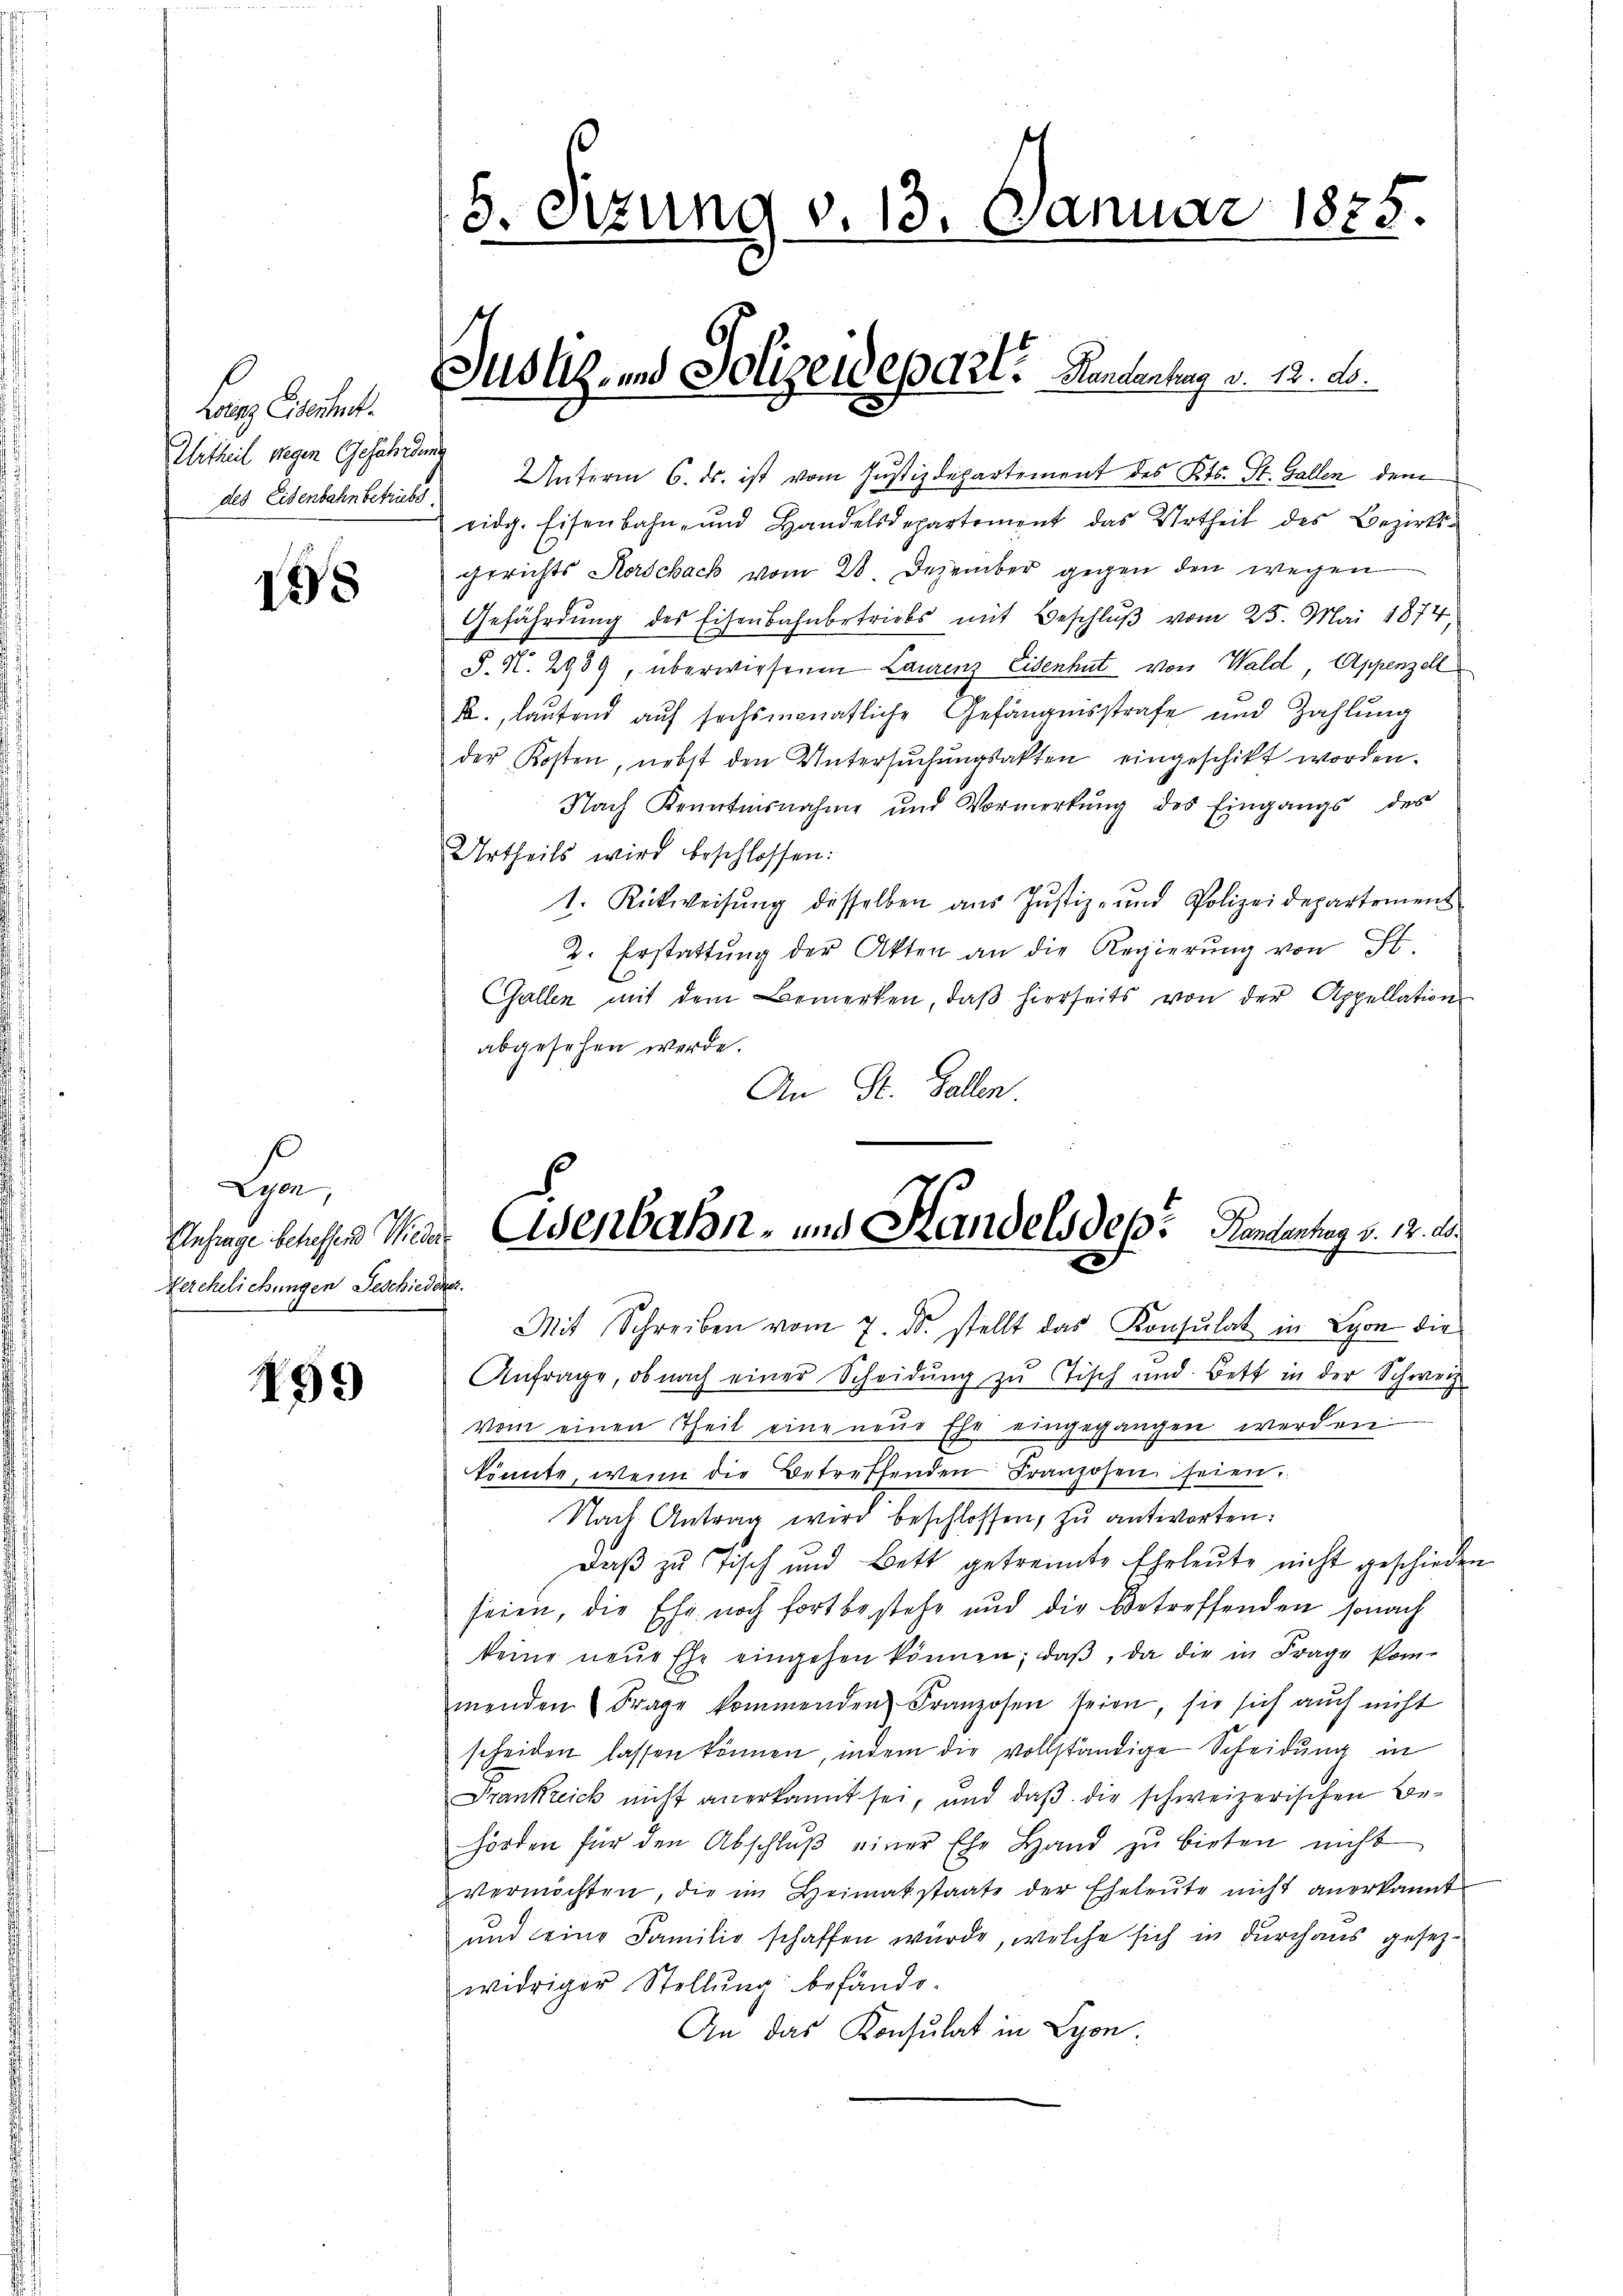
Lez Eisenheit.
UUrtheil wegen Gefahrden.
des Eisenbahn betriebs

155

Ehe,
Anfrage betreffend Wieder
Verehelichungen Geschiedener.

199

5. Sitzung v. 13. Januar 1875.

Unterm 6. ds. ist vom Justizdepartement des Kts. St. Gallen dem
eidg. Eisenbahn- und Handelsdepartement das Urtheil des Bezirksgerichts Kerschack vom 28. Dezember gegen den wegen
Gefährdung des Eisenbahnbetriebs mit Beschlŭβ vom 25. Mai 1874
§. N. 2939, überwiesenen Laurenz Eisenhut von Wald, Appenzell
., lautend auf sechsmonatliche Gefängnisstrafe und Zahlung
der Kosten, nebst den Untersŭchŭngsakten eingeschikt worden.
Nach Kenntnisnahme und Vormerkung des Eingangs des
Urtheils wird beschlossen:
1. Rückweisŭng desselben aŭs Jŭstiz- und Polizeidepartemens
2. Erstattŭng der Akten an die Regierŭng von Fr.
Gallen mit dem Bemerken, daβ hierseits von der Appellation
abgesehen werde.
An St. Gallen
Mit Schreiben vom 7. ds. stellt das Konsulat in Lyon die
Anfrage, ob nach einer Scheidung zu stisch und Bett in der Schweiz.
vom einen Theil eine neue Ehe eingegangen werden
könnte, wenn die Betreffenden Franzosen seien.
Nach Antrag wird beschlossen, zu antworten:
Daß zu Tisch und Bett getrennte Eheleute nicht geschieden
seien, die Ehr noch fortbestehe und die betreffenden sonach
keine neŭe Ehe eingehen können, daβ, da die in Frage kom-
menden Frage kommenden Franzosen seien, sie sich auch nicht
scheiden lassen können, indem die vollständige Scheidung in
Frankreick nicht anerkannt sei, und daß die schweizerischen Behörden für den Abschlŭβ einer Ehe Hand zŭ bieten nicht
vermöchten, die im Heimatstaate der Eheleute nicht anerkannt
und seine Familie schaffen wurde, welche sich in durchaus gesezwidriger Stellŭng befände.
An das Konsulat in Lyon

Justiz- und Polizeidepart? Handenhag v. 12. A.

Eisenbahn- und Handels des Rententag v. 12. 20.